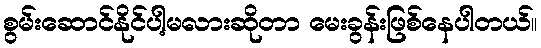
စွမ်းဆောင်နိုင်ပါ့မလားဆိုတာ မေးခွန်းဖြစ်နေပါတယ်။